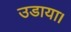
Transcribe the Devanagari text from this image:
उडाया।